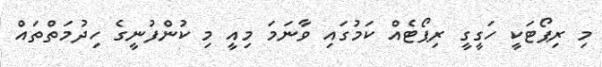
މި ރިޕޯޓަކީ ހަގީގީ ރިޕޯޓެއް ކަމުގައި ވާނަމަ މިއީ މި ކުންފުނީގެ ހިދުމަތްތައް